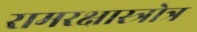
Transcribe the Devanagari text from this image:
रामरक्षास्त्रोत्र